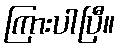
ကြားပါပြီ။